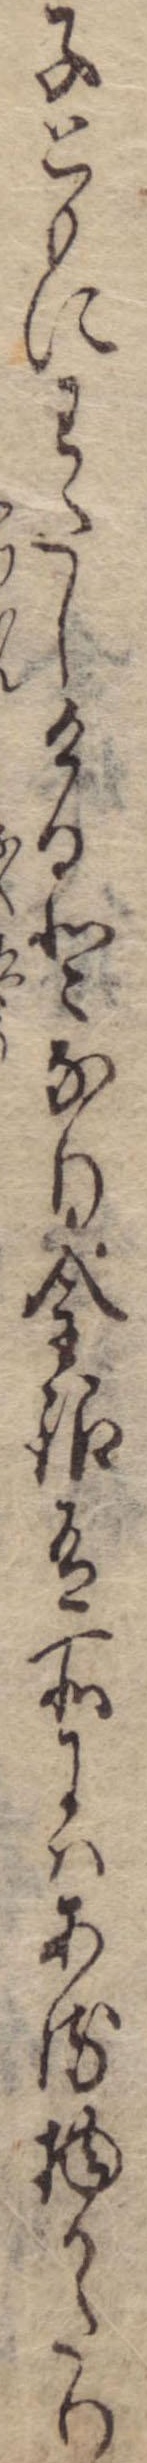
子ともにわたしけるとなり金銀有所にはある物かたり